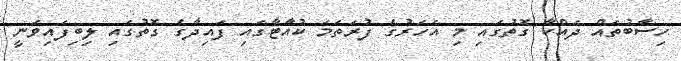
ހިސާބުތައް ދައްކާ ގޮތުގައި މި އަހަރުގެ ފުރަތަމަ ކުއާޓާގައި ފައިދާގެ ގޮތުގައި ލިބިފައިވަނީ